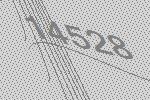
14528